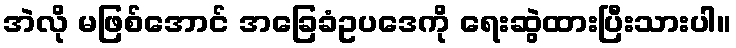
အဲလို မဖြစ်အောင် အခြေခံဥပဒေကို ရေးဆွဲထားပြီးသားပါ။